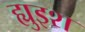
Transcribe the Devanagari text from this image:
ह्युइश